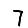
Digit: 7